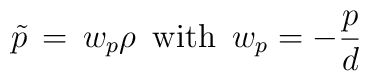
\tilde{p} \, = \, w_p \rho \,\,\, {\rm with} \,\,\, w_p = - {p \over d}